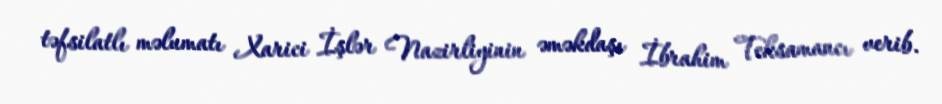
təfsilatlı məlumatı Xarici İşlər Nazirliyinin əməkdaşı İbrahim Teksamancı verib.